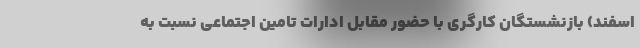
اسفند) بازنشستگان کارگری با حضور مقابل ادارات تامین اجتماعی نسبت به